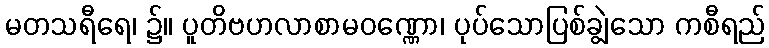
မတသရီရေ၊ ၌။ ပူတိဗဟလာစာမဝဏ္ဏော၊ ပုပ်သောပြစ်ချွဲသော ကစီရည်